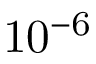
\mathrm { 1 0 ^ { - 6 } }